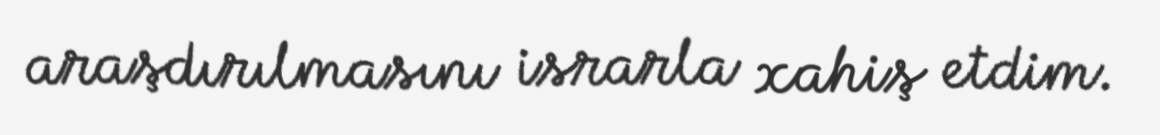
araşdırılmasını israrla xahiş etdim.